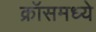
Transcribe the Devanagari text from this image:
क्रॉसमध्ये